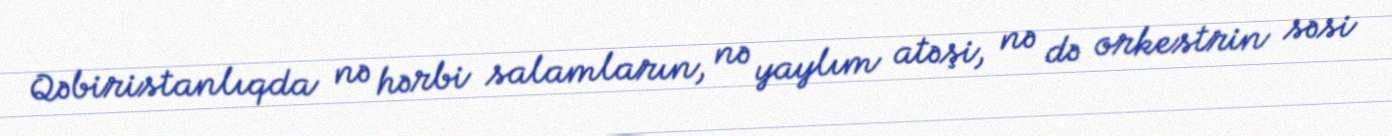
Qəbiristanlıqda nə hərbi salamların, nə yaylım atəşi, nə də orkestrin səsi